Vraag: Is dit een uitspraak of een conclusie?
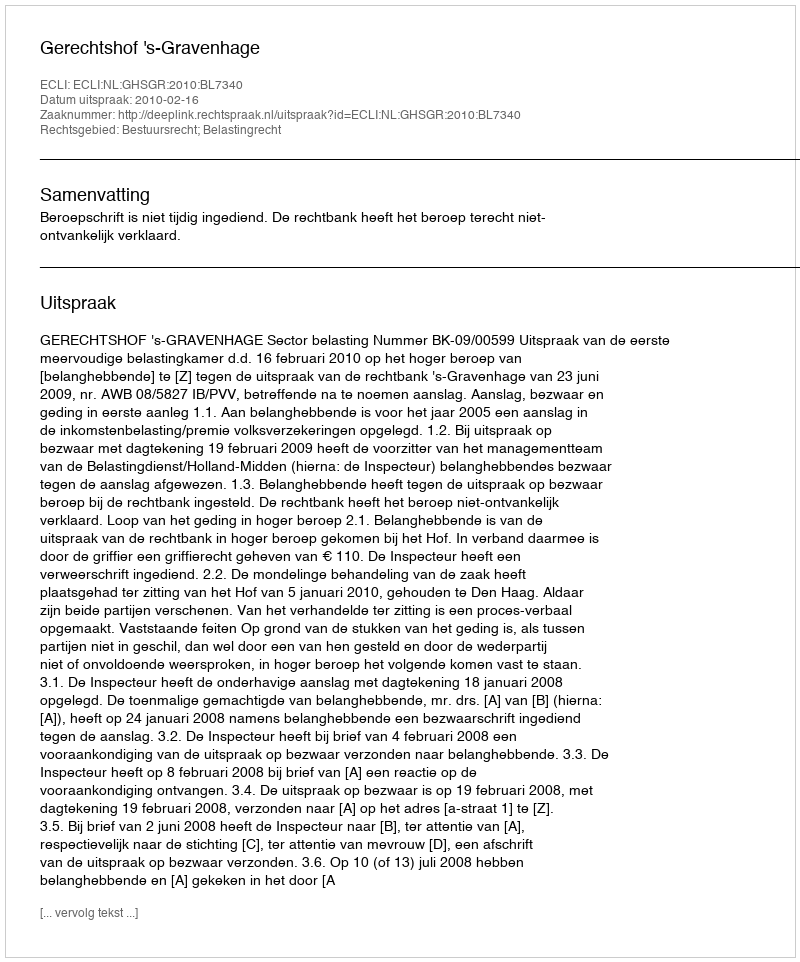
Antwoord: Uitspraak